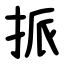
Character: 挀